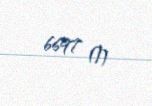
6697 ₼